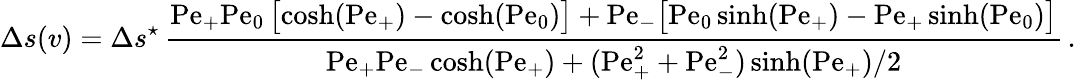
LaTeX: \Delta s(v)=\Delta s^{\star}\, \frac{\mathrm{Pe}_{+}\mathrm{Pe}_{0}\, \bigl[\cosh(\mathrm{Pe}_{+})-\cosh(\mathrm{Pe}_{0})\bigr]+\mathrm{Pe}_{-}\bigl[\mathrm{Pe}_{0}\sinh(\mathrm{Pe}_{+})-\mathrm{Pe}_{+}\sinh(\mathrm{Pe}_{0})\bigr]}{\mathrm{Pe}_{+}\mathrm{Pe}_{-}\cosh(\mathrm{Pe}_{+})+(\mathrm{Pe}_{+}^{2}+\mathrm{Pe}_{-}^{2})\sinh(\mathrm{Pe}_{+})/2}\, .